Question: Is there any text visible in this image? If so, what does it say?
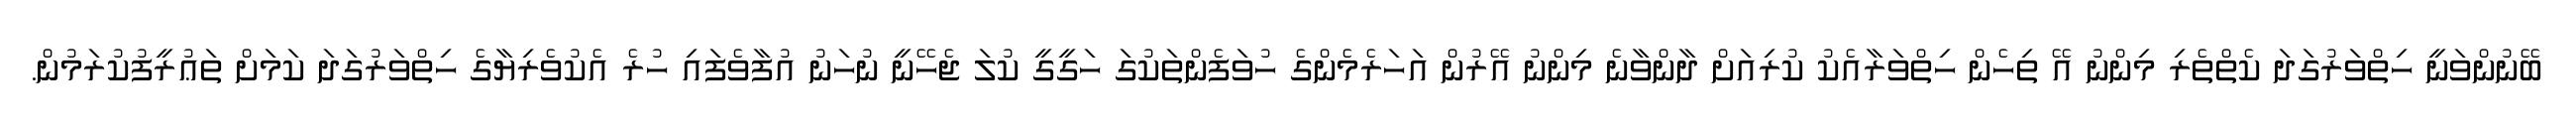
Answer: ބޭނުންވަނީ ހިތްވަރުގަދަ ކެތްތެރި މިންނު އޭ ތިހެން ހިތްވަރާއެކު ކުރިއަށް ދާންވާނެ މިންނު އޭރުން އަހަރެމެންގެ ހުވަފެންތަކުގަ ހަގީގީ ކުލަ ޖެހޭނީ ނުހަނު އުފާވެފައި ހުރެ އެކުވެރިޔާގެ ހިތްވަރުގަދަ ކަމަށް ތަޢުރީފުކުރަމުން.